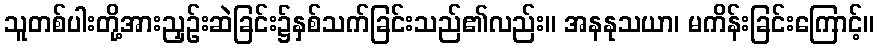
သူတစ်ပါးတို့အားညှဉ်းဆဲခြင်း၌နှစ်သက်ခြင်းသည်၏လည်း။ အနနုသယာ၊ မကိန်းခြင်းကြောင့်။